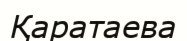
Қаратаева